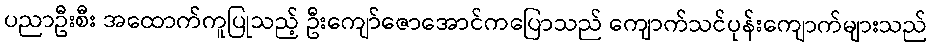
ပညာဦးစီး အထောက်ကူပြုသည့် ဦးကျော်ဇောအောင်ကပြောသည် ကျောက်သင်ပုန်းကျောက်များသည်